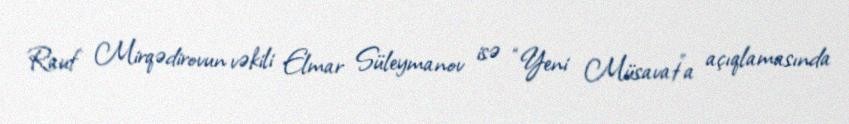
Rauf Mirqədirovun vəkili Elmar Süleymanov isə “Yeni Müsavat”a açıqlamasında